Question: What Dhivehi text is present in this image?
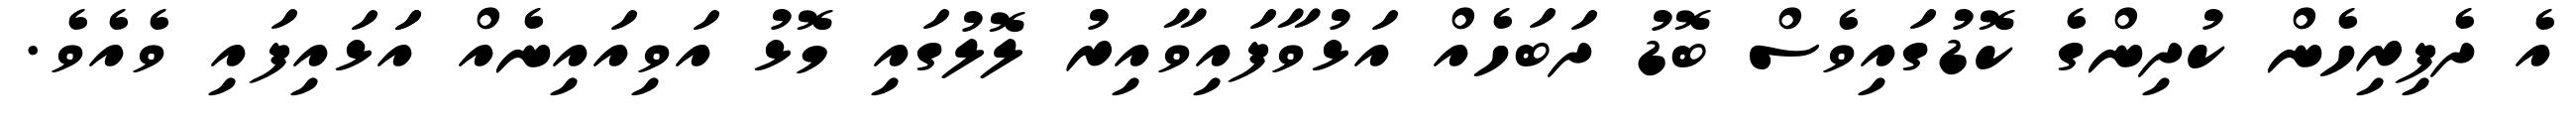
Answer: އެ ދެފިރިހެން ކުދިންގެ ކޮޑުގައިވެސް ބޮޑު ދަބަހެއް އަޅުވާފައިވާއިރު ލޮލުގައި މޮޅު އަވިއައިނެއް އަަޅައިފައި ވެއެވެ.